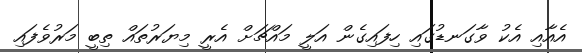
އެއާއި އެކު ވާގަނޑުގައި ހިފައިގެން އަލީ މައްޗަށް އެރީ މިޔަރުތައް ތިބީ މަރުވެފައި